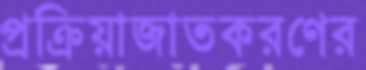
প্রক্রিয়াজাতকরণের